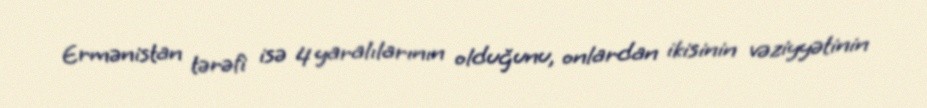
Ermənistan tərəfi isə 4 yaralılarının olduğunu, onlardan ikisinin vəziyyətinin